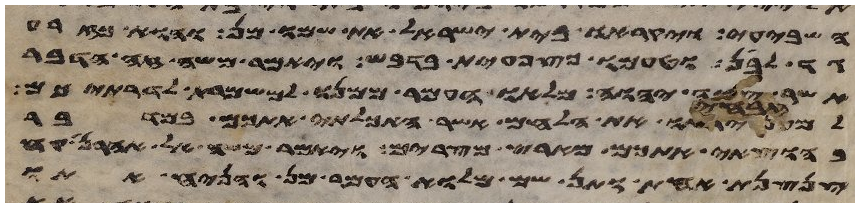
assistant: השביעי ויקראו בית ישראל את שמו מן והוא כזרע
גד לבן וטעמו כצפחית בדבש ויאמר משה זה הדבר
אשר צוה יהוה מלאו העמר ממנו למשמרת לדרתיכם
למען יראו את הלחם אשר האכלתי אתכם במדבר
בהוצאי אתכם מארץ מצרים ויאמר משה אל אהרן קח
צנצנת אחת ותן שם מלוא העמר מן והניח אתו